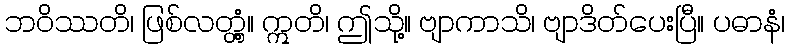
ဘဝိဿတိ၊ ဖြစ်လတ္တံ့။ ဣတိ၊ ဤသို့။ ဗျာကာသိ၊ ဗျာဒိတ်ပေးပြီ။ ပဓာနံ၊